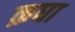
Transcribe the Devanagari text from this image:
क़घा